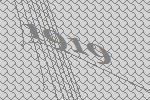
1919